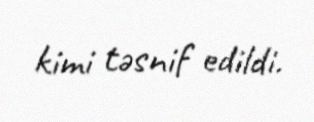
kimi təsnif edildi.